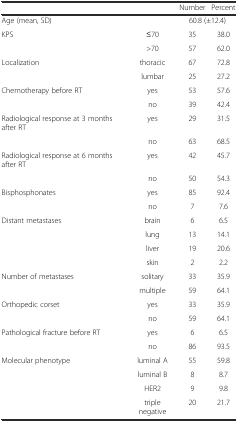
<table><thead><tr><td></td><td></td><td><b>Number</b></td><td><b>Percent</b></td></tr></thead><tbody><tr><td>Age (mean, SD)</td><td></td><td colspan="2">60.8 (±12.4)</td></tr><tr><td>KPS</td><td>≤70</td><td>35</td><td>38.0</td></tr><tr><td></td><td>&gt;70</td><td>57</td><td>62.0</td></tr><tr><td>Localization</td><td>thoracic</td><td>67</td><td>72.8</td></tr><tr><td></td><td>lumbar</td><td>25</td><td>27.2</td></tr><tr><td>Chemotherapy before RT</td><td>yes</td><td>53</td><td>57.6</td></tr><tr><td></td><td>no</td><td>39</td><td>42.4</td></tr><tr><td>Radiological response at 3 months after RT</td><td>yes</td><td>29</td><td>31.5</td></tr><tr><td></td><td>no</td><td>63</td><td>68.5</td></tr><tr><td>Radiological response at 6 months after RT</td><td>yes</td><td>42</td><td>45.7</td></tr><tr><td></td><td>no</td><td>50</td><td>54.3</td></tr><tr><td>Bisphosphonates</td><td>yes</td><td>85</td><td>92.4</td></tr><tr><td></td><td>no</td><td>7</td><td>7.6</td></tr><tr><td>Distant metastases</td><td>brain</td><td>6</td><td>6.5</td></tr><tr><td></td><td>lung</td><td>13</td><td>14.1</td></tr><tr><td></td><td>liver</td><td>19</td><td>20.6</td></tr><tr><td></td><td>skin</td><td>2</td><td>2.2</td></tr><tr><td>Number of metastases</td><td>solitary</td><td>33</td><td>35.9</td></tr><tr><td></td><td>multiple</td><td>59</td><td>64.1</td></tr><tr><td>Orthopedic corset</td><td>yes</td><td>33</td><td>35.9</td></tr><tr><td></td><td>no</td><td>59</td><td>64.1</td></tr><tr><td>Pathological fracture before RT</td><td>yes</td><td>6</td><td>6.5</td></tr><tr><td></td><td>no</td><td>86</td><td>93.5</td></tr><tr><td>Molecular phenotype</td><td>luminal A</td><td>55</td><td>59.8</td></tr><tr><td></td><td>luminal B</td><td>8</td><td>8.7</td></tr><tr><td></td><td>HER2</td><td>9</td><td>9.8</td></tr><tr><td></td><td>triple negative</td><td>20</td><td>21.7</td></tr></tbody></table>